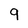
Character: 9